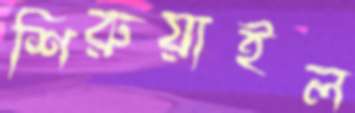
শিরুয়াইল